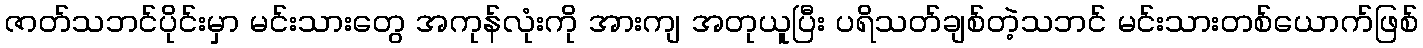
ဇာတ်သဘင်ပိုင်းမှာ မင်းသားတွေ အကုန်လုံးကို အားကျ အတုယူပြီး ပရိသတ်ချစ်တဲ့သဘင် မင်းသားတစ်ယောက်ဖြစ်